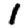
Digit: 1